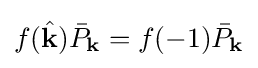
f({\hat {\mathbf {k} }}){\bar {P}}_{\mathbf {k} }=f(-1){\bar {P}}_{\mathbf {k} }